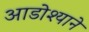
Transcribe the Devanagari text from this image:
आडोश्याने